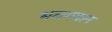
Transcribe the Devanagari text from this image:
भवगवान